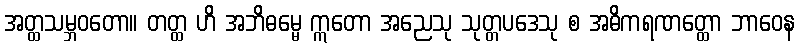
အတ္ထသမ္ဘဝတော။ တတ္ထ ဟိ အဘိဓမ္မေ ဣတော အညေသု သုတ္တပဒေသု စ အဓိကရဏတ္ထော ဘာဝေန